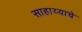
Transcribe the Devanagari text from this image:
साहाय्याचे